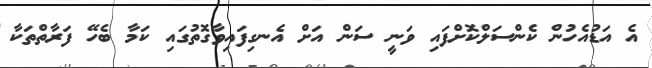
އެ އަޑުއެހުން ކެންސަލްކޮށްފައި ވަނީ ސަން އަށް އެނގިފައިވާގޮތުގައި ކަމާ ބެހޭ ފަރާތްތަކާ